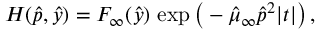
H ( \hat { p } , \hat { y } ) = F _ { \infty } ( \hat { y } ) \, \exp \big ( - \hat { \mu } _ { \infty } \hat { p } ^ { 2 } | t | \big ) \, ,